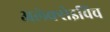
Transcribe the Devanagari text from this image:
अलेक्सेइविच